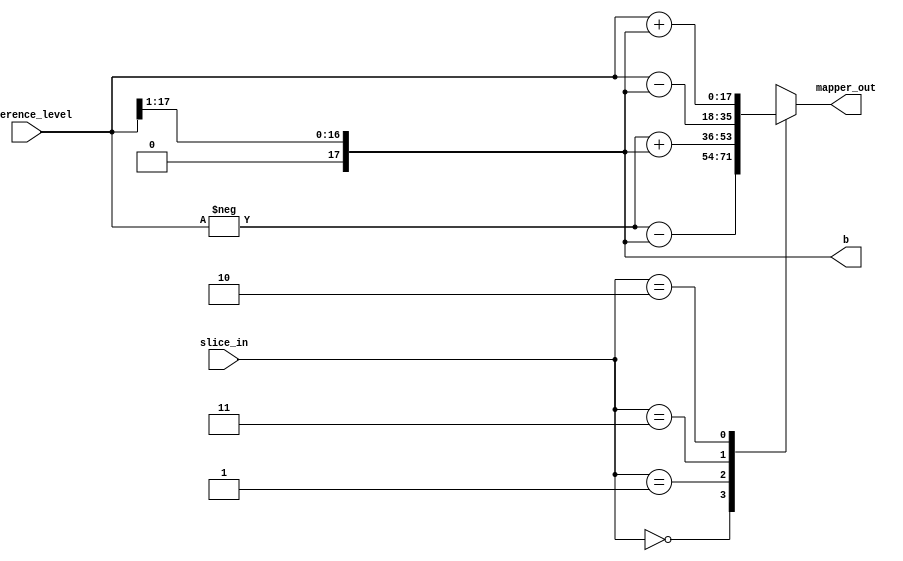
module output_mapper(
    input wire signed [17:0] reference_level,
    input wire [1:0] slice_in,
    output reg signed [17:0] mapper_out, b
);

//reg signed [17:0] b;

always  @ *
    b = reference_level >> 1; // b value. Divide reference by 2

always @ *
    case(slice_in)

    2'b00: mapper_out = -reference_level - b; // -3b
    2'b01: mapper_out = -reference_level + b;// -b
    2'b11: mapper_out = reference_level - b; // b
    2'b10: mapper_out = reference_level + b; // 3b

    default: mapper_out = reference_level;
    endcase






endmodule